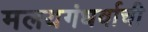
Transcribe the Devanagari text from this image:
मलयगंधर्वाची